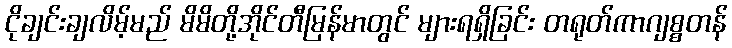
ငိုချင်းချလိမ့်မည် မိမိတို့အိုင်တီမြန်မာတွင် များရရှိခြင်း တရုတ်ကာဂျစ္စတန်